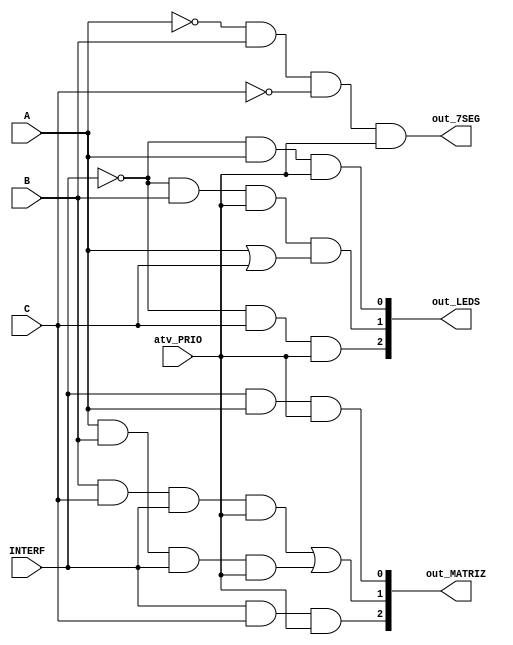
module enc_FUN(A, B, C, atv_PRIO, INTERF, out_LEDS, out_MATRIZ, out_7SEG);
   input A, B, C, atv_PRIO, INTERF; // ENTRADAS DO MODULO RELACIONADAS A FUNCIONALIDADE ESCOLHIDA PELA INTERFACE,
												// SE A PRIORIDADE TA SENDO ATIVADA OU NO E EM QUAL INTERFACE DE SAIDA A FUNCIONALIDADE DEVES SER MOSTRADA
												// INTERF = INTERFACE, E SE FOR 0 SIGNIFICA LEDS E SE FOR 1 MATRIZ
	output [2:0] out_LEDS, out_MATRIZ; // SAIDA DO MODULO QUE APENAS COPIAM A ENTRADA CASO A PRIORIDADE NO ESTEJA SENDO
												  // UTILIZADA OU A INTERFACE GANHOU A PRIORIDADE
												  // 3 BITS VO PARA O DECODIFICADOR DOS LEDS E OS OUTROS 3 BITS VO PARA MATRIZ DE LEDS
	output out_7SEG; // SAIDA RELACIONADA A ATIVAO DA FUNCIONALIDADE 2
	
	wire INTERF_not, A_not, C_not, // FIOS USADOS PELAS PORTAS INVERSORAS COMO SAIDA
	SUP0, SUP1, SUP2; // FIOS DE SUPORTE PARA AS PORTAS LOGICAS INTERMEDIARIAS
	
	
	// PORTAS INVERSORAS PARA AS ENTRADAS DE INTERFACE, A E C
	not INTERF_inv (INTERF_not, INTERF);
	not A_inv (A_not, A);
	not C_inv (C_not, C);
	
	// PORTAS LOGICAS PARA CRIAR A SAIDA DE 3 BITS QUE SERA LIGADA NO DECODIFICADOR DOS LEDS
	and outLED0 (out_LEDS[0], INTERF_not, A, atv_PRIO);
	or Or0 (SUP0, A, C);
	and outLED1 (out_LEDS[1], INTERF_not, B, atv_PRIO, SUP0);
	and outLED2 (out_LEDS[2], INTERF_not, C, atv_PRIO);	
	
	// PORTAS LOGICAS PARA CRIAR A SAIDA DE 3 BITS QUE SERA LIGADA NO DECODIFICADOR DA MATRIZ DE LEDS
	and outMATRIZ0 (out_MATRIZ[0], INTERF, A, atv_PRIO);
	and And0 (SUP1, B, C, INTERF, atv_PRIO);
	and And1 (SUP2, A, B, INTERF, atv_PRIO);
	or outMATRIZ1 (out_MATRIZ[1], SUP1, SUP2);
	and outMATRIZ2 (out_MATRIZ[2], INTERF, C, atv_PRIO);

	// PORTA LOGICA AND PARA GERAR A SAIDA DA ATIVAO DA FUNCIONALIDADE 2
	and out7SEG (out_7SEG, A_not, B, C_not, atv_PRIO);
	
endmodule